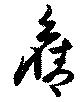
旧